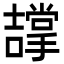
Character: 𭋵